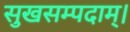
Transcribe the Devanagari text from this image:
सुखसम्पदाम्‌।